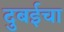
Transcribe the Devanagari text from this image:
दुबईचा